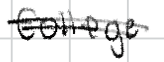
Text: College
Cross-out: double-line
Writing tool: digital_black